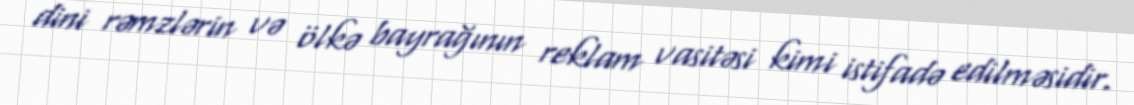
dini rəmzlərin və ölkə bayrağının reklam vasitəsi kimi istifadə edilməsidir.